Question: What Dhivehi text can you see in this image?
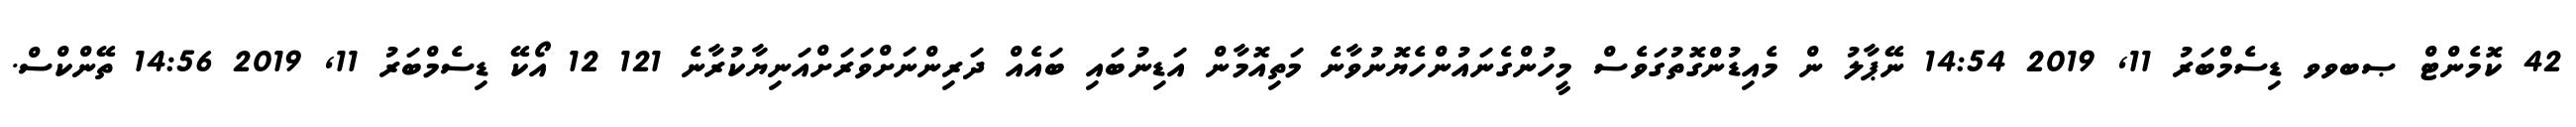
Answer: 42 ކޮމެންޓް ޞބވވ ޑިސެމްބަރު 11, 2019 14:54 ނޭޕާލު ން މެއިޑުންގޮތުގަވެސް މީހުންގެނައުންހެޔޮނުވާނެ މަތިއޮމާން އަޑިނުބައި ބައެއް ދަރިންނަށްވަރަށްއަނިޔާކުރާނެ 121 12 އޯކޭ ޑިސެމްބަރު 11, 2019 14:56 ތޭންކްސް.